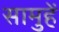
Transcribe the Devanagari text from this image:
सामुहें